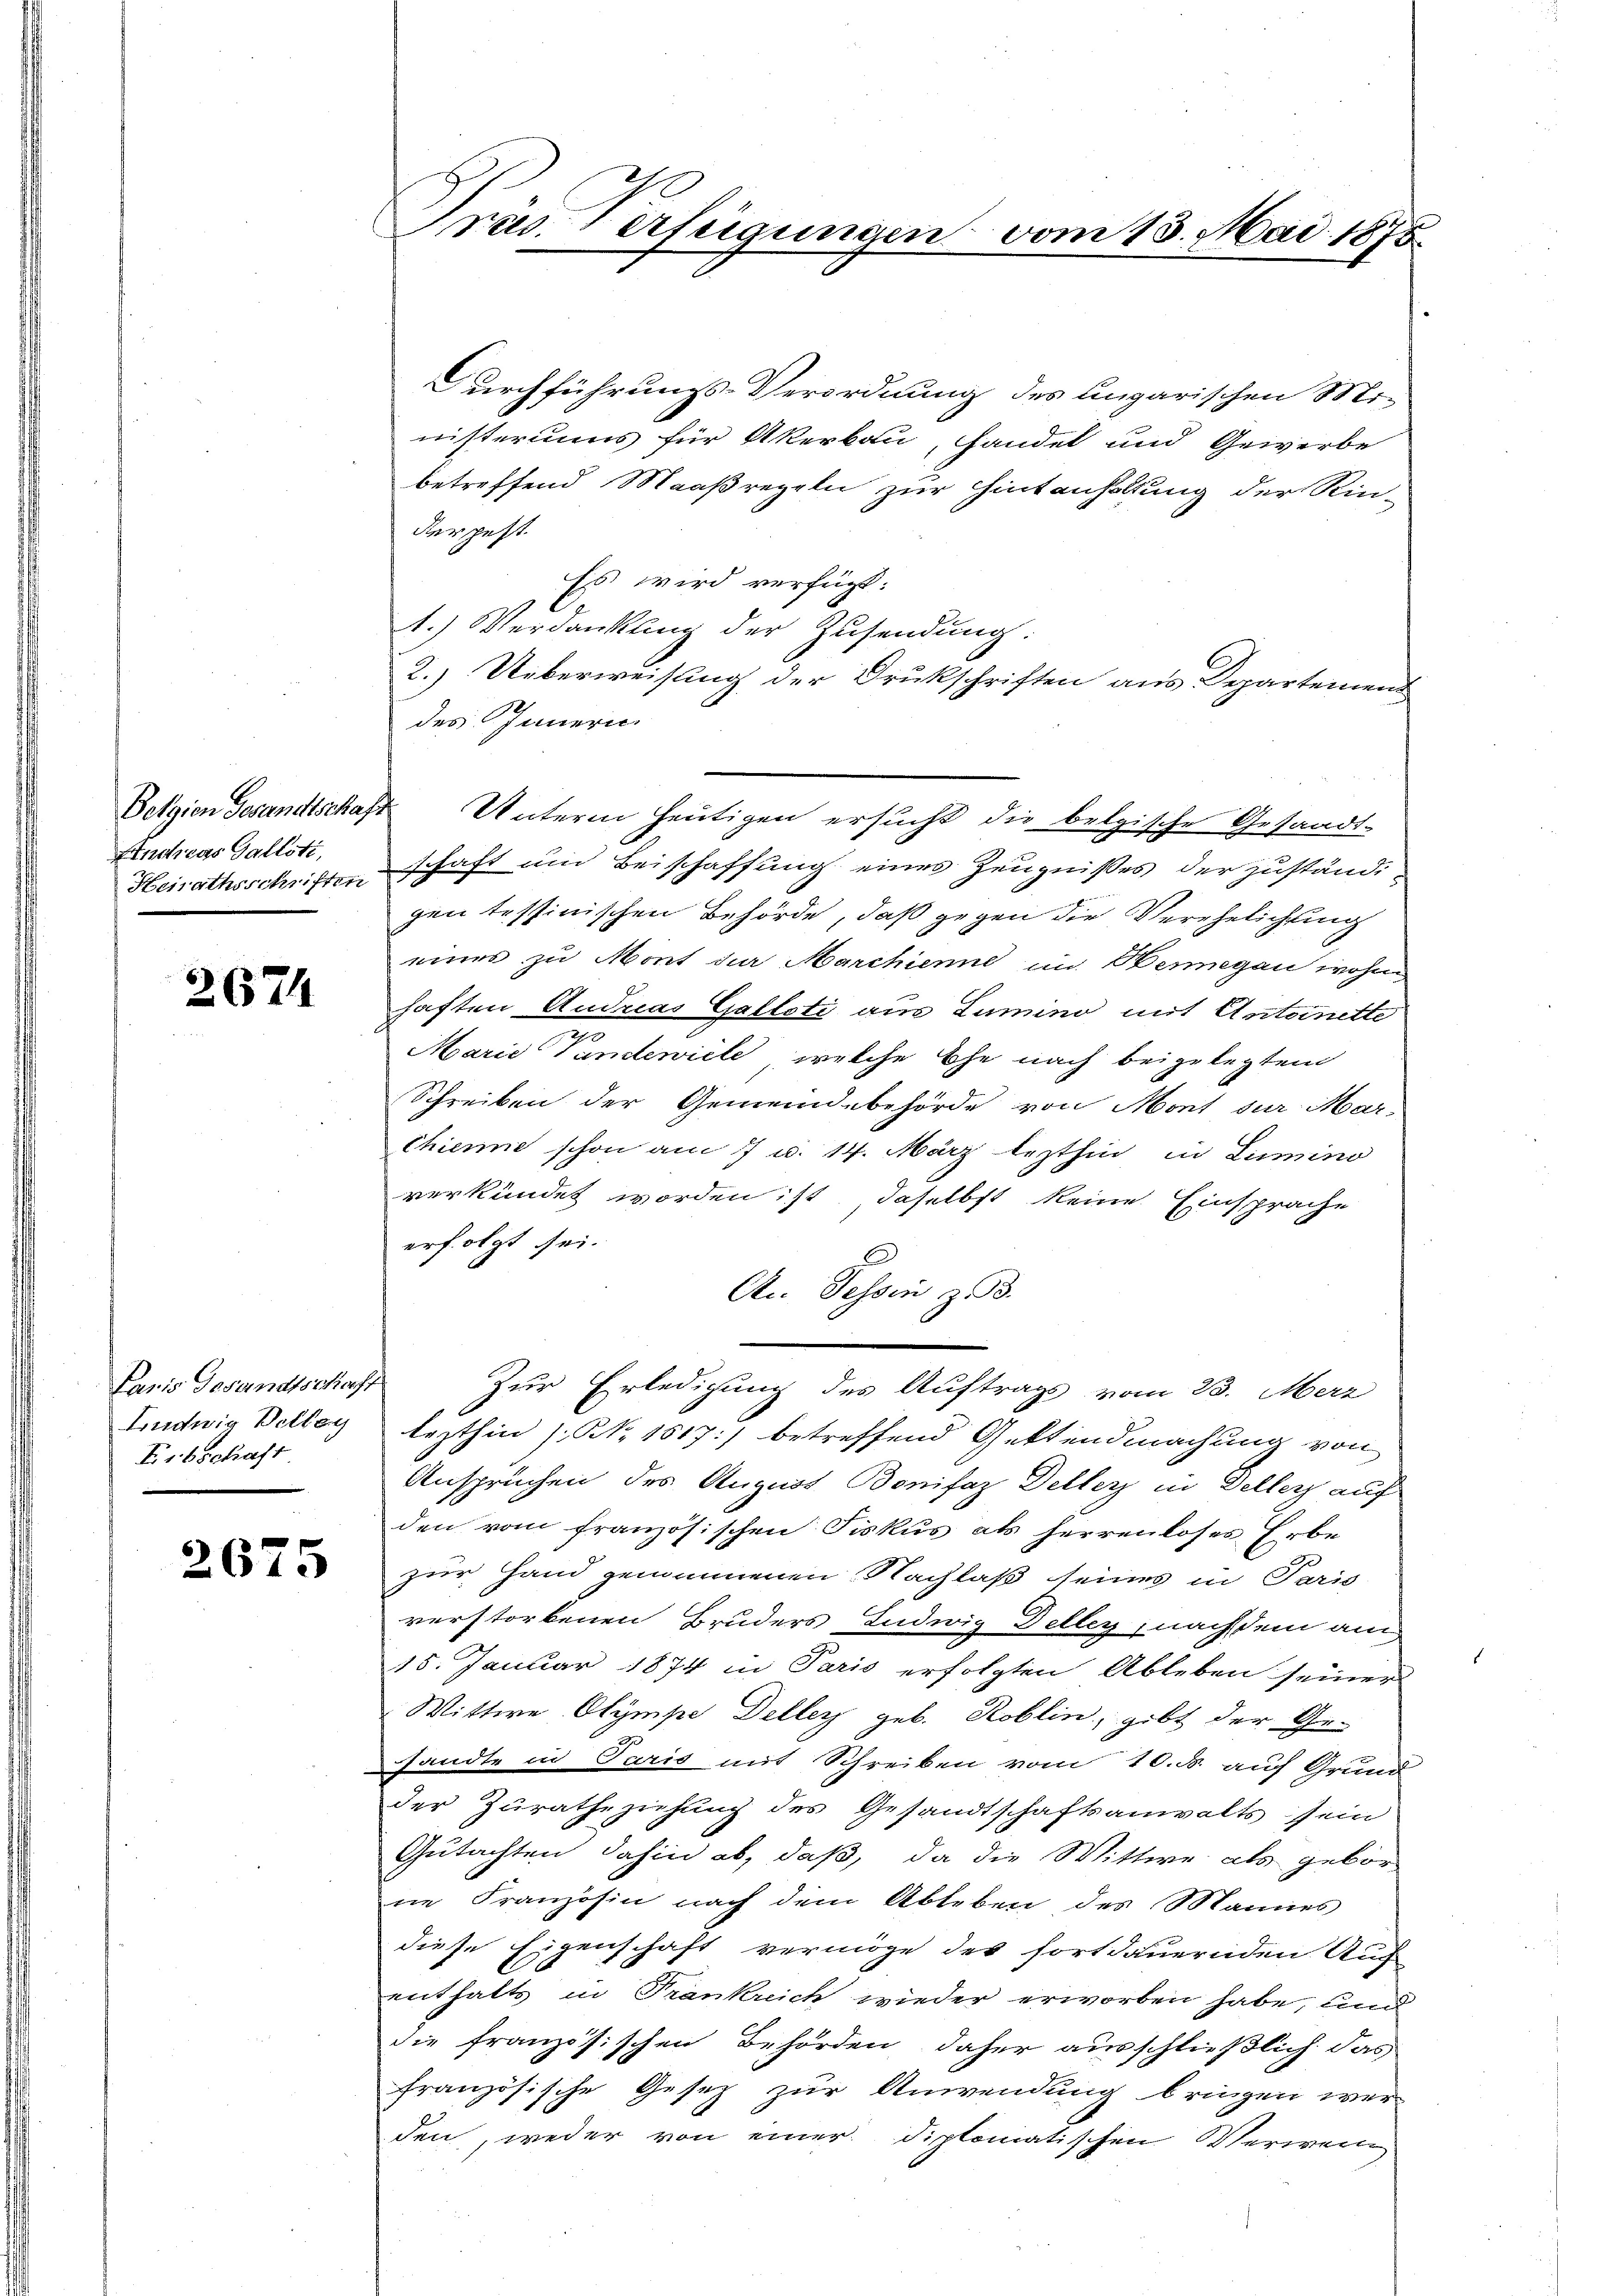
Belgien Gesandtschaft
Andreas Galloti,
Heirathsschriften

2674

Paris Gesandtschaft
Ludwig Bellay
Erbschaft

2675

Präs. erfügungen vom 15. Mai 1875

Durchführungs-Verordnung des ungarischen Mi-
nisteriums für Akerbau, handel und Gewerbe
betreffend Maaßregeln zur Hintanhaltung der Rin-
derpest.
Es wird verfügt:
1.) Verdankung der Zusendung:
2.) Ueberweisung der Drukschriften aus Departemend
des Innern.
schaft um Beischaffung eines Zeugnisses der zuständi-
gen tessinischen Behörde, daß gegen die Verehelichtung
eines zu Mont der Marchienne im Bemegen wohne
haften Andreas Galleti aus Lumino mit Antoinette
Marie Vandeviele, welche Ehe nach beigelegten
Schreiben der Gemeindebehörde von Mont sur Mar-
chiene schon am 7 u. 14. März lezthin in Luino
verkündet worden ist, daselbst keine Einsprache
erfolgt sei.
C
An Tessin zu 3.
Zur Erledigung des Auftrags vom 23. Merz
lezthin (NNo. 1517) betreffend Gestendmachung von
Anspruchen des August Bonifaz Deller in Dellers auf
den vom französischen Fiskus als herrenloses Erbe
zur Hand genommenen Nachlaß seines in Paris
verstorbenen Bruders Ludwig Deller, nachdem am
15. Januar 1874 in Paris erfolgten Ableben seiner
Wittwe Olympe Deller geb. Koblin, gibt der Ge-
sandte in Paris mit Schreiben vom 10. ds. auf Grund
der Zuratheziehung des Gesandtschaftsanwalts sein
Gutachten, dahin ab, daß, da die Wittwe als gebor
ne Französin nach dem Ableben des Mannes
diese Eigenschaft vermöge des fortdauernden Auch
enthalts in Frankreich wieder erworben habe, und
die französischen Behörden, daher ausschließlich das
französische Gesetz zur Anwendung bringen wer
den, weder von einer diplomatischen Verwenig

Unterm heutigen ersucht die belgische Gesandt-